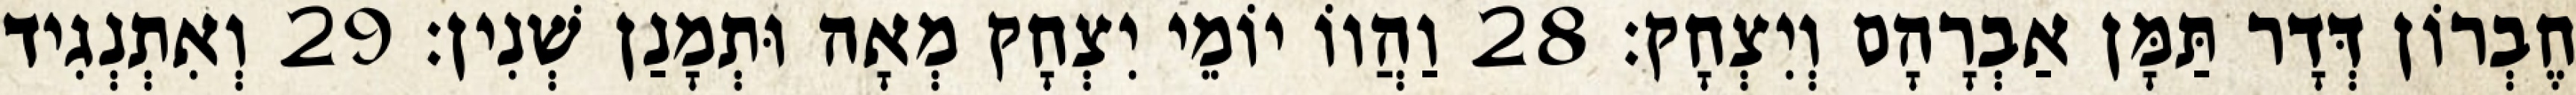
חֶבְרוֹן דְּדָר תַּמָּן אַבְרָהָם וְיִצְחָק׃ 28 וַהֲווֹ יוֹמֵי יִצְחָק מְאָה וּתְמָנַן שְׁנִין׃ 29 וְאִתְנְגִיד